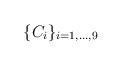
LaTeX: \begin{align*}\{ C_i \}_{i=1,\ldots,9}\end{align*}